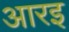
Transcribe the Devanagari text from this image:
आरइ